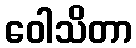
ဝေါသိတာ